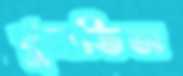
খুলতিস